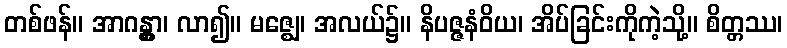
တစ်ဖန်။ အာဂန္တွာ၊ လာ၍။ မဇ္ဈေ၊ အလယ်၌။ နိပဇ္ဇနံဝိယ၊ အိပ်ခြင်းကိုကဲ့သို့။ စိတ္တဿ၊